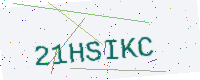
Text: 21HSIKC